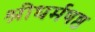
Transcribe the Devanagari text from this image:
श्रीधर्मषष्ठ